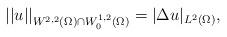
LaTeX: \begin{align*}||u||_{W^{2,2}(\Omega)\cap W^{1,2}_0(\Omega)}=|\Delta u|_{L^2(\Omega)},\end{align*}